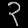
Digit: ၃